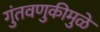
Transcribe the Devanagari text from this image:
गुंतवणुकीमुळे